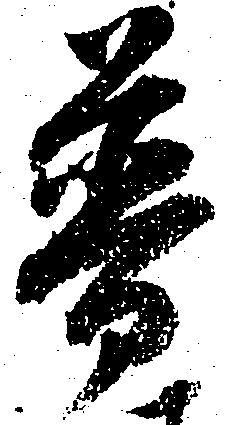
普